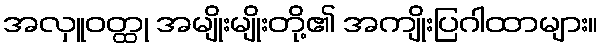
အလှူဝတ္ထု အမျိုးမျိုးတို့၏ အကျိုးပြဂါထာများ။